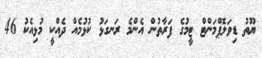
ޔޫތު ޑިވަލޮޕްމަންޓް ޓީމުގެ ފަރާތުން އެންމެ ރަނގަޅު ކުޅުމެއް ދެއްކީ މުޅިއެކު 46